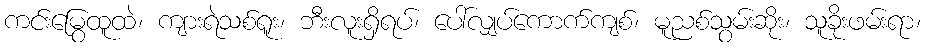
ကင်းမြွေထူထဲ၊ ကျားရဲသစ်ရူး၊ ဘီးလူးရှိရပ်၊ ပေါ်လျှပ်ကောက်ကျစ်၊ မူညစ်သွမ်းဆိုး၊ သူခိုးဖမ်းရာ၊